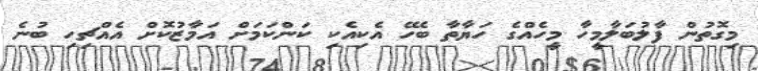
މިގޮތުން ފާލުބަލާމީހާ މީހެއްގެ ހަޔާތާ ބެހޭ އެކިއެކި ކަންކަމަށް އަމާޒުކޮށް އެއްޗިހި ބުނެ